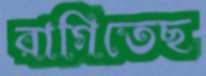
রাগিতেছ